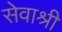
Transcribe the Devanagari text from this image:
सेवाश्री